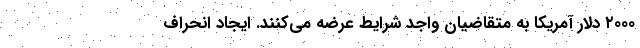
۲۰۰۰ دلار آمریکا به متقاضیان واجد شرایط عرضه می‌کنند. ایجاد انحراف